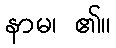
နာမ၊ ၏။